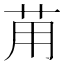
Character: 苚